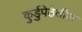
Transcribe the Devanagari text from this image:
कुर्डुपेठेतील